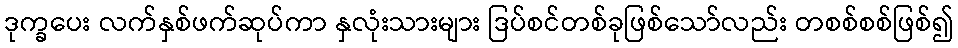
ဒုက္ခပေး လက်နှစ်ဖက်ဆုပ်ကာ နှလုံးသားများ ဒြပ်စင်တစ်ခုဖြစ်သော်လည်း တစစ်စစ်ဖြစ်၍